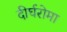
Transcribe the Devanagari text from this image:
दीर्घरोमा